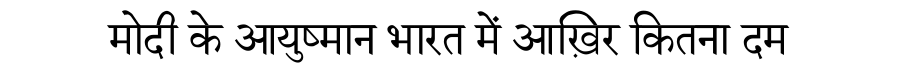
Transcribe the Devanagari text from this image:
मोदी के आयुष्मान भारत में आख़िर कितना दम